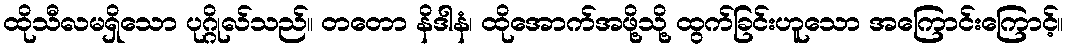
ထိုသီလမရှိသော ပုဂ္ဂိုလ်သည်။ တတော နိဒါနံ၊ ထိုအောက်အဖို့သို့ ထွက်ခြင်းဟူသော အကြောင်းကြောင့်။